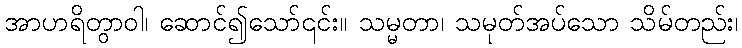
အာဟရိတွာဝါ၊ ဆောင်၍သော်၎င်း။ သမ္မတာ၊ သမုတ်အပ်သော သိမ်တည်း၊